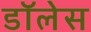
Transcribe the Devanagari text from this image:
डॉलेस